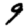
Digit: 9